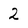
Character: 2